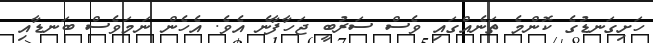
ހަށިގަނޑުގެ ކޮންމެ ތަނެއްގައި ވެސް ސަރުބީ ޖަހާފާނެ އެވެ. އެހެން ނަމަވެސް ބަނޑާއި